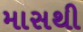
માસથી